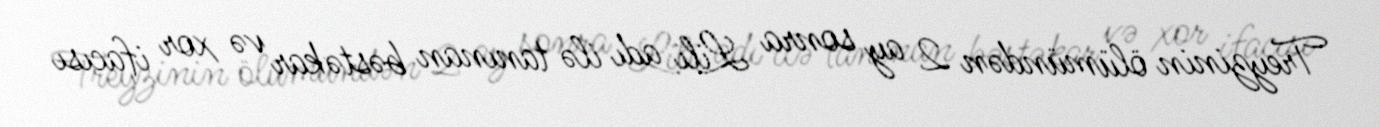
Treyzinin ölümündən 2 ay sonra Lili adı ilə tanınan bəstəkar və xor ifacısı